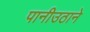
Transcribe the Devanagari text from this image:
पानीउठाने